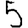
Digit: 5